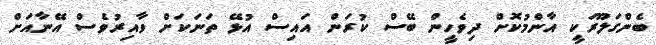
ބެންގަލޫރަކީ އާންމުކޮށް ދިވެހީން ބޭސް ކުރަން އައިސް އުޅޭ ތަނަކަށް ވާއިރުވެސް އޭނާއަށް